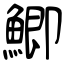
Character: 鯽